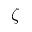
\zeta